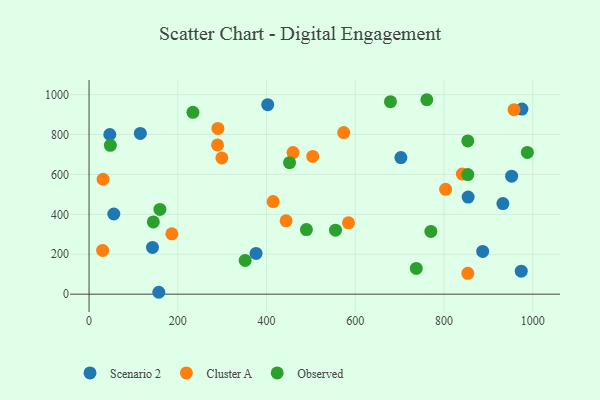
{"axis": {"x": "Investment", "y": "Exam Score"}, "legend": ["Cluster A", "Observed", "Scenario 2"], "data": [{"x": "975.6", "y": 927.5, "type": "Scenario 2"}, {"x": "376.4", "y": 204.3, "type": "Scenario 2"}, {"x": "854.4", "y": 486.8, "type": "Scenario 2"}, {"x": "46.8", "y": 800.1, "type": "Scenario 2"}, {"x": "402.7", "y": 949.6, "type": "Scenario 2"}, {"x": "157.2", "y": 9.5, "type": "Scenario 2"}, {"x": "974.1", "y": 115.1, "type": "Scenario 2"}, {"x": "952.4", "y": 591.1, "type": "Scenario 2"}, {"x": "932.7", "y": 453.8, "type": "Scenario 2"}, {"x": "143.0", "y": 234.2, "type": "Scenario 2"}, {"x": "702.8", "y": 684.3, "type": "Scenario 2"}, {"x": "887.2", "y": 214.2, "type": "Scenario 2"}, {"x": "115.6", "y": 805.7, "type": "Scenario 2"}, {"x": "55.8", "y": 401.7, "type": "Scenario 2"}, {"x": "289.6", "y": 748.0, "type": "Cluster A"}, {"x": "30.6", "y": 219.3, "type": "Cluster A"}, {"x": "853.7", "y": 104.6, "type": "Cluster A"}, {"x": "574.0", "y": 809.7, "type": "Cluster A"}, {"x": "584.7", "y": 357.7, "type": "Cluster A"}, {"x": "444.1", "y": 367.5, "type": "Cluster A"}, {"x": "186.6", "y": 302.5, "type": "Cluster A"}, {"x": "459.7", "y": 709.5, "type": "Cluster A"}, {"x": "290.4", "y": 830.6, "type": "Cluster A"}, {"x": "299.3", "y": 682.9, "type": "Cluster A"}, {"x": "414.9", "y": 464.2, "type": "Cluster A"}, {"x": "841.3", "y": 601.8, "type": "Cluster A"}, {"x": "31.6", "y": 575.9, "type": "Cluster A"}, {"x": "803.6", "y": 525.5, "type": "Cluster A"}, {"x": "957.8", "y": 924.5, "type": "Cluster A"}, {"x": "504.1", "y": 690.4, "type": "Cluster A"}, {"x": "555.5", "y": 320.5, "type": "Observed"}, {"x": "144.8", "y": 361.8, "type": "Observed"}, {"x": "489.9", "y": 323.8, "type": "Observed"}, {"x": "48.0", "y": 746.1, "type": "Observed"}, {"x": "679.3", "y": 964.6, "type": "Observed"}, {"x": "159.7", "y": 424.6, "type": "Observed"}, {"x": "761.3", "y": 974.4, "type": "Observed"}, {"x": "853.7", "y": 599.4, "type": "Observed"}, {"x": "853.6", "y": 767.9, "type": "Observed"}, {"x": "737.5", "y": 129.2, "type": "Observed"}, {"x": "770.4", "y": 314.3, "type": "Observed"}, {"x": "234.2", "y": 911.5, "type": "Observed"}, {"x": "451.9", "y": 658.8, "type": "Observed"}, {"x": "351.9", "y": 169.3, "type": "Observed"}, {"x": "987.9", "y": 710.2, "type": "Observed"}]}